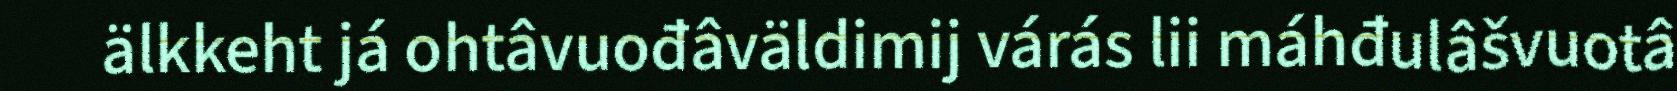
älkkeht já ohtâvuođâväldimij várás lii máhđulâšvuotâ